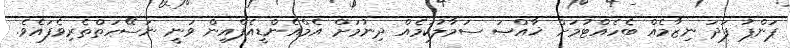
ޕަންޕު ފަދަ ނިޒާމެއް ބެހެއްޓުމަށް ޚާއްޞަ ސަމާލުކަމެއް ދިނުމަށް އެމްއެންޑީއެފްއިން ވަނީ ނަސޭހަތްތެރިވެފައެވެ.